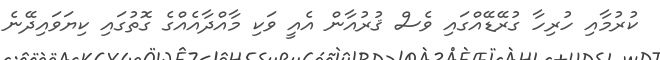
ކުރުމާއި ހުރިހާ ގުރޭޑޭއްގައި ވެސް ޤުރުއާން އެއީ ވަކި މާއްދާއެއްގެ ގޮތުގައި ކިޔަވައިދޭނެ